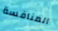
المنافسة